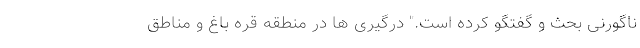
ناگورنی بحث و گفتگو کرده است." درگیری ها در منطقه قره باغ و مناطق